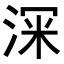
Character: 𭰹